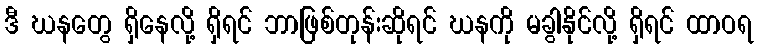
ဒီ ဃနတွေ ရှိနေလို့ ရှိရင် ဘာဖြစ်တုန်းဆိုရင် ဃနကို မခွါနိုင်လို့ ရှိရင် ထာဝရ